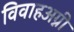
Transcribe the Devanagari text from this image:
विवाहअग्नी